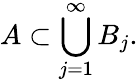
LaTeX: A\subset\bigcup_{j=1}^{\infty}B_{j}.